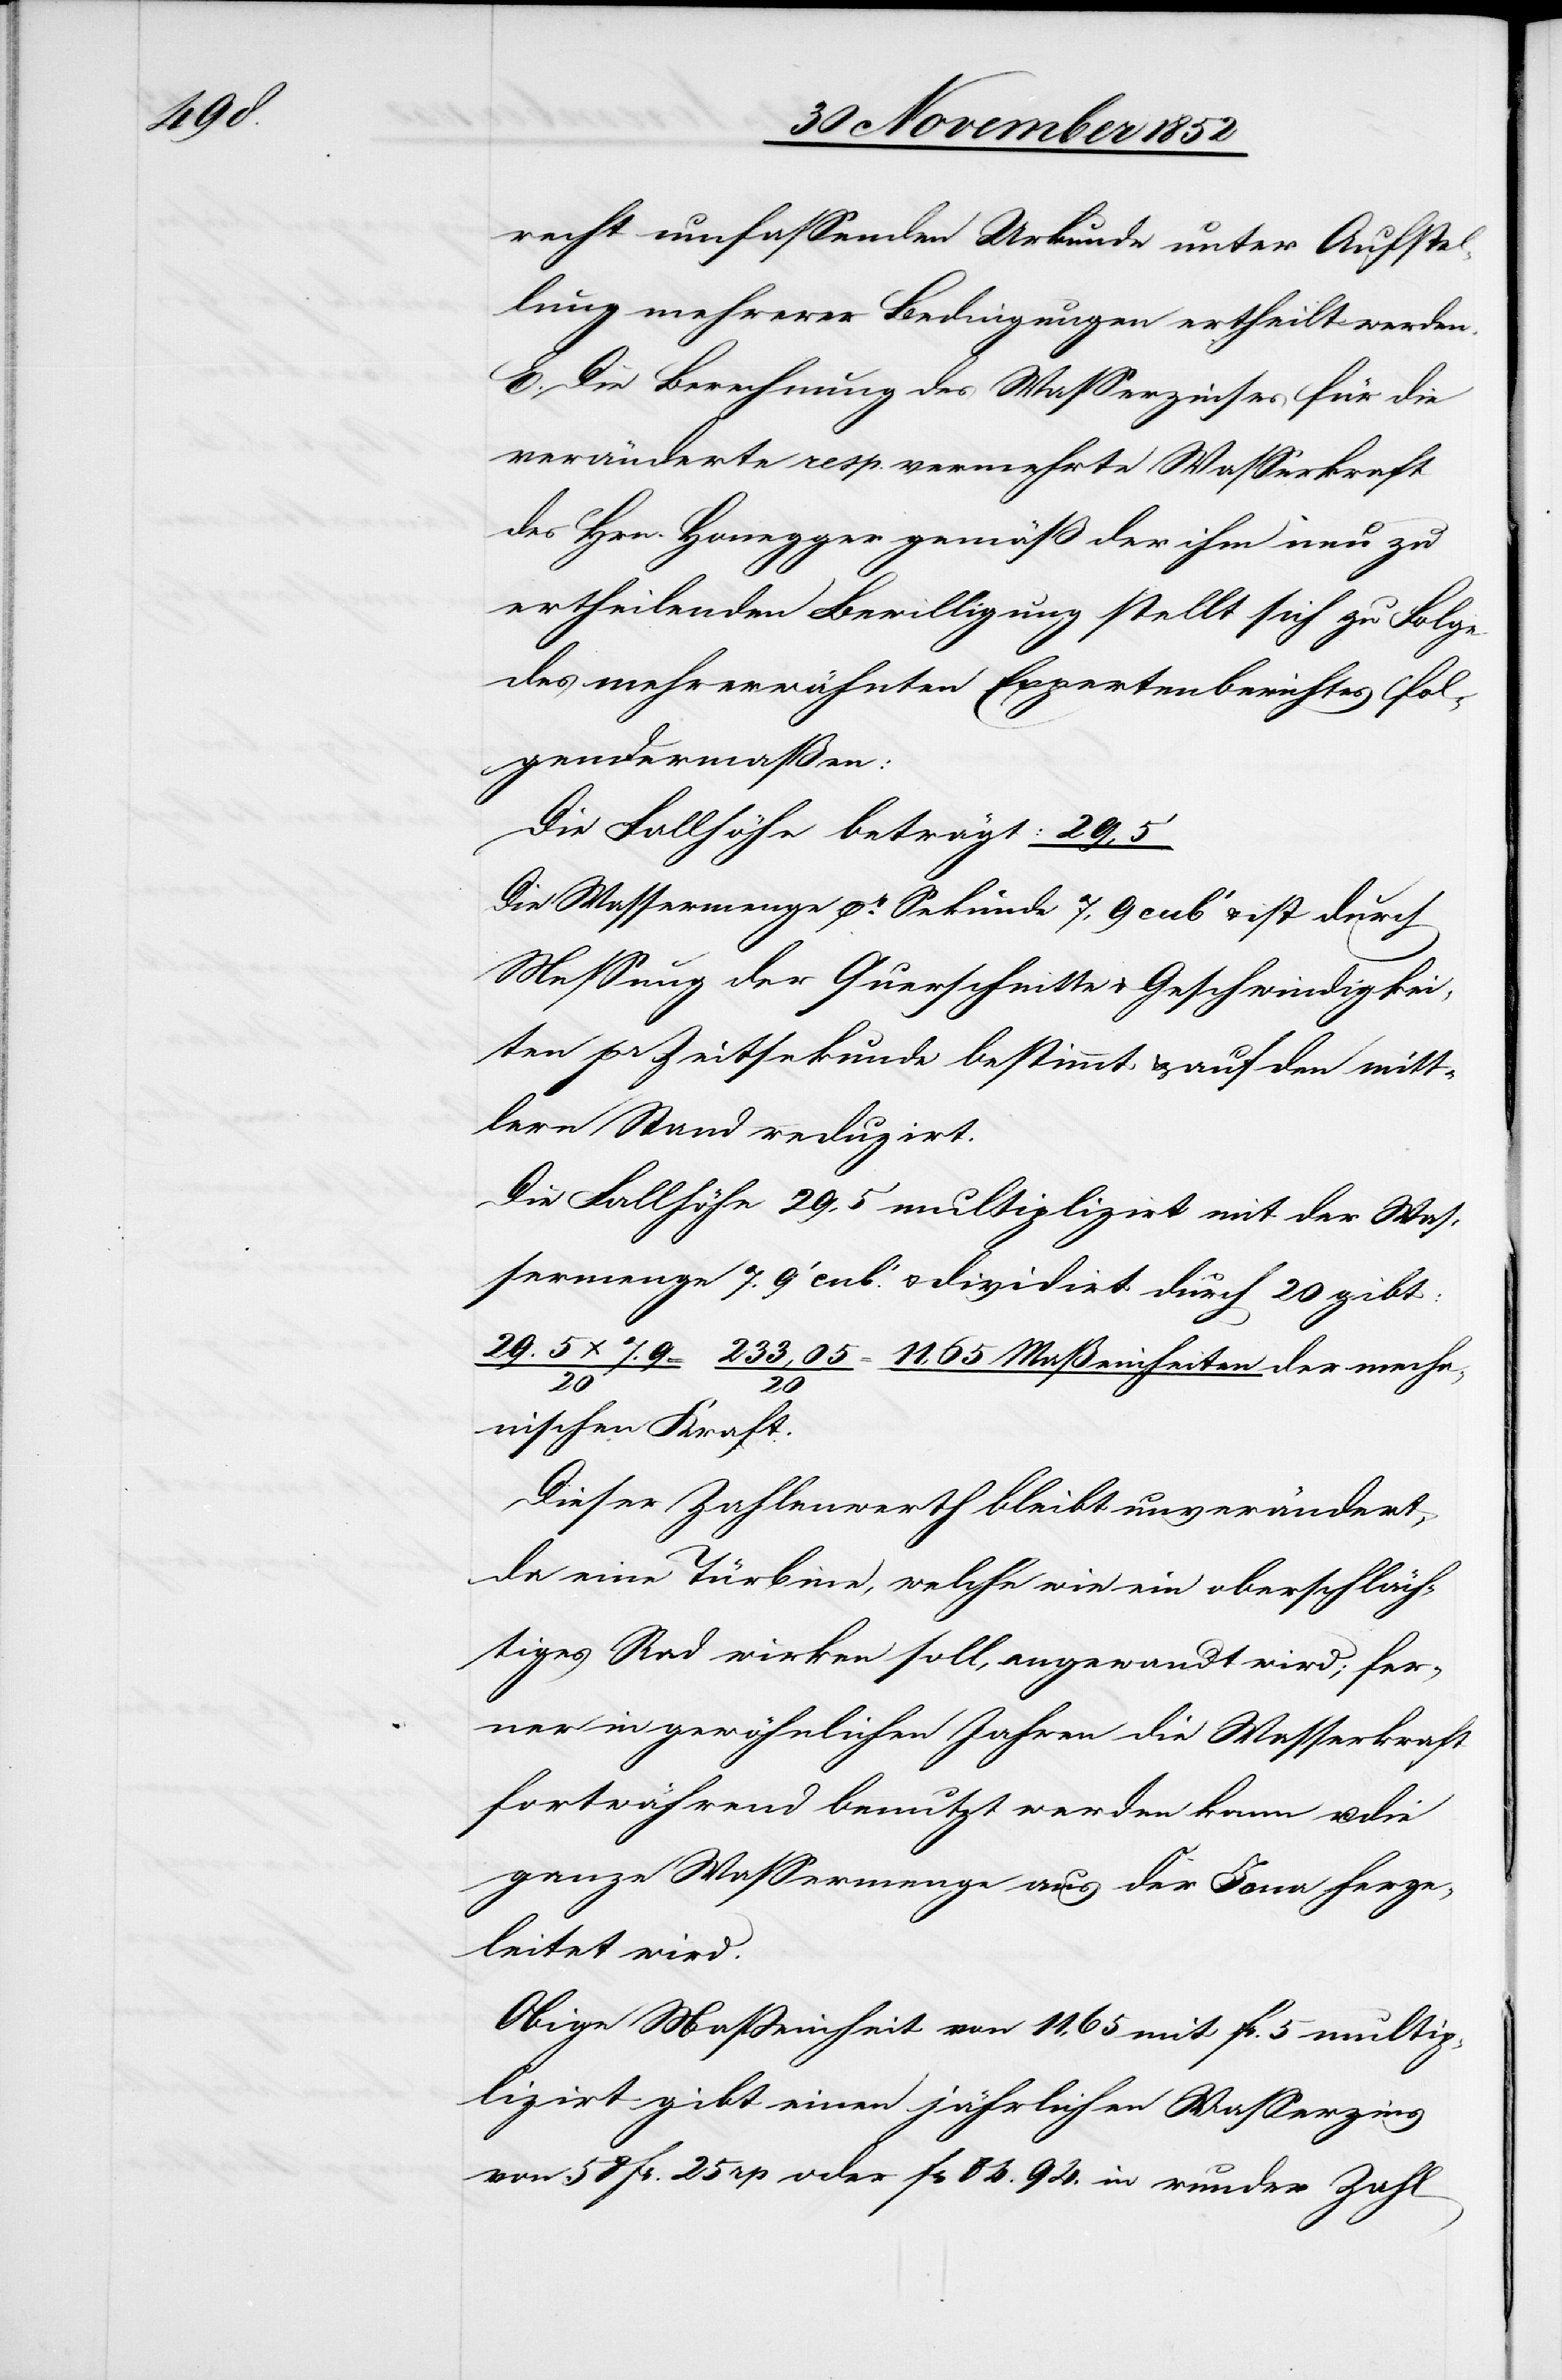
recht umfassenden Urkunde unter Aufstel¬
lung mehrerer Bedingungen ertheilt werden.
E. Die Berechnung des Wasserzinses für die
veränderte resp. vermehrte Wasserkraft
des Hrn. Honegger gemäß der ihm neu zu
ertheilenden Bewilligung stellt sich zu Folge
des mehrerwähnten Expertenberichtes fol¬
gendermaßen:
Die Fallhöhe beträgt: 29,5
Die Wassermenge pr. Sekunde 7,9 cub‘ & ist durch
Messung der Querschnitte & Geschwindigkei¬
ten pr Zeitsekunde bestimmt & auf den mitt¬
lern Stand reduzirt.
Die Fallhöhe 29,5 multiplizirt mit der Was¬
sermenge 7.9‘ cub.‘ & dividirt durch 20 gibt:
7.9 / 20 = 233,05 / 20 = 11,65 Maßeinheiten der mech¬
anischen Kraft.
Dieser Zahlenwerth bleibt unverändert,
da eine Türbine, welche wie ein oberschläch¬
tiges Rad wirken soll, angewandt wird; fer¬
ner in gewöhnlichen Jahren die Wasserkraft
fortwährend benutzt werden kann u. die
ganze Wassermenge aus der Jona herge¬
leitet wird.
Obige Maßeinheit von 11,65 mit fr. 5 multip¬
lizirt gibt einen jährlichen Wasserzins
von 58 fr. 25 rp oder fr 84. 94. in runder Zahl